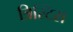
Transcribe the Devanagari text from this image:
त्रिस्टिस